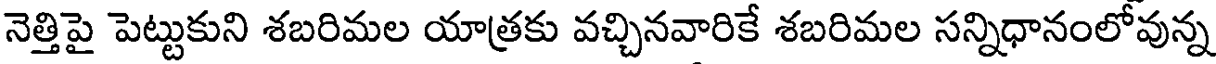
నెత్తిపై పెట్టుకుని శబరిమల యాత్రకు వచ్చినవారికే శబరిమల సన్నిధానంలోవున్న